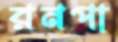
রনপা